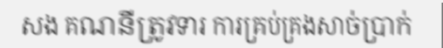
សង គណនីត្រូវទារ ការគ្រប់គ្រងសាច់ប្រាក់